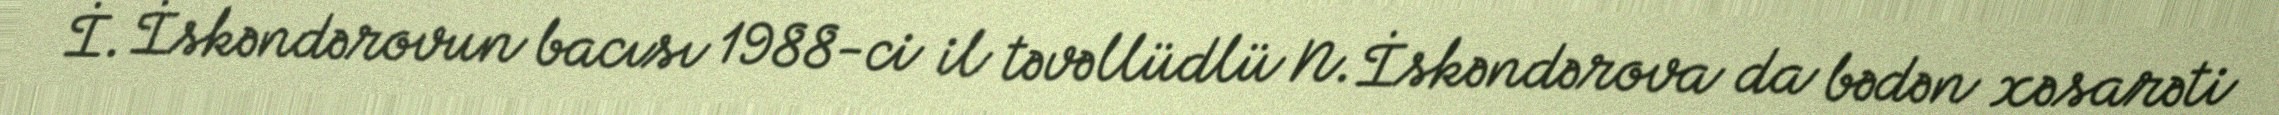
İ. İskəndərovun bacısı 1988-ci il təvəllüdlü N. İskəndərova da bədən xəsarəti